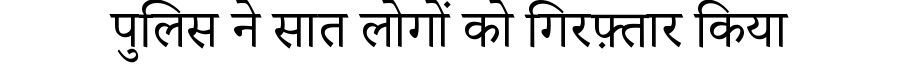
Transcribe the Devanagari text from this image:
पुलिस ने सात लोगों को गिरफ़्तार किया